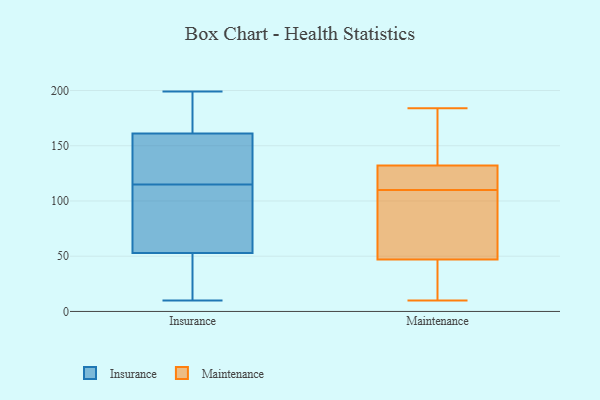
{"axis": {"x": "Shipments", "y": "Value"}, "legend": ["Insurance", "Maintenance"], "data": [{"x": "", "y": 199, "type": "Insurance"}, {"x": "", "y": 68, "type": "Insurance"}, {"x": "", "y": 148, "type": "Insurance"}, {"x": "", "y": 12, "type": "Insurance"}, {"x": "", "y": 53, "type": "Insurance"}, {"x": "", "y": 113, "type": "Insurance"}, {"x": "", "y": 185, "type": "Insurance"}, {"x": "", "y": 160, "type": "Insurance"}, {"x": "", "y": 10, "type": "Insurance"}, {"x": "", "y": 161, "type": "Insurance"}, {"x": "", "y": 117, "type": "Insurance"}, {"x": "", "y": 10, "type": "Insurance"}, {"x": "", "y": 67, "type": "Insurance"}, {"x": "", "y": 180, "type": "Insurance"}, {"x": "", "y": 132, "type": "Maintenance"}, {"x": "", "y": 164, "type": "Maintenance"}, {"x": "", "y": 47, "type": "Maintenance"}, {"x": "", "y": 10, "type": "Maintenance"}, {"x": "", "y": 119, "type": "Maintenance"}, {"x": "", "y": 31, "type": "Maintenance"}, {"x": "", "y": 105, "type": "Maintenance"}, {"x": "", "y": 131, "type": "Maintenance"}, {"x": "", "y": 174, "type": "Maintenance"}, {"x": "", "y": 103, "type": "Maintenance"}, {"x": "", "y": 86, "type": "Maintenance"}, {"x": "", "y": 115, "type": "Maintenance"}, {"x": "", "y": 36, "type": "Maintenance"}, {"x": "", "y": 184, "type": "Maintenance"}]}